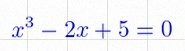
x^3-2x+5=0